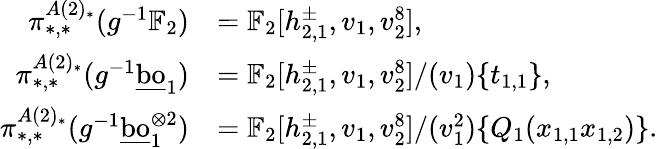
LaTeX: \begin{array}{rl}{\pi_{*,*}^{A(2)_{*}}(g^{-1}\mathbb{F}_{2})}&{=\mathbb{F}_{2}[h_{2,1}^{\pm},v_{1},v_{2}^{8}],}\\ {\pi_{*,*}^{A(2)_{*}}(g^{-1}\underline{{\mathrm{bo}}}_{1})}&{=\mathbb{F}_{2}[h_{2,1}^{\pm},v_{1},v_{2}^{8}]/(v_{1})\{ t_{1,1}\} ,}\\ {\pi_{*,*}^{A(2)_{*}}(g^{-1}\underline{{\mathrm{bo}}}_{1}^{\otimes{2}})}&{=\mathbb{F}_{2}[h_{2,1}^{\pm},v_{1},v_{2}^{8}]/(v_{1}^{2})\{ Q_{1}(x_{1,1}x_{1,2})\} .}\end{array}